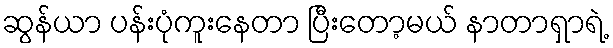
ဆွန်ယာ ပန်းပုံကူးနေတာ ပြီးတော့မယ် နာတာရှာရဲ့